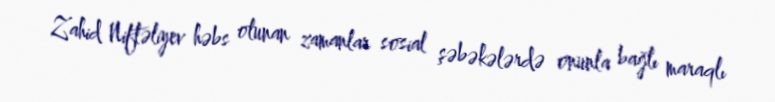
Zahid Niftəliyev həbs olunan zamanlar sosial şəbəkələrdə onunla bağlı maraqlı